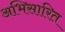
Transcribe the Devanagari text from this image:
अभिसारित